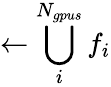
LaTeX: \gets\bigcup_{i}^{N_{gpus}}f_{i}